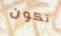
تكون